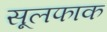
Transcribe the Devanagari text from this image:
सूलफाक